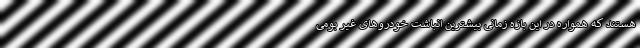
هستند که همواره در این بازه زمانی بیشترین انباشت خودروهای غیر بومی